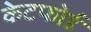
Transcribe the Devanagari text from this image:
केटफोर्ड